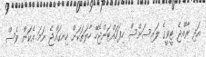
އަދި ރާއްޖެ ޓީވީގެ ލައިސަންސް ހިފަހައްޓަންޖެހޭ ހާލަތަކަށް ހިނގައްޖެ ނަމަ އެކަން ވެސް